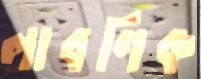
লাবণিক